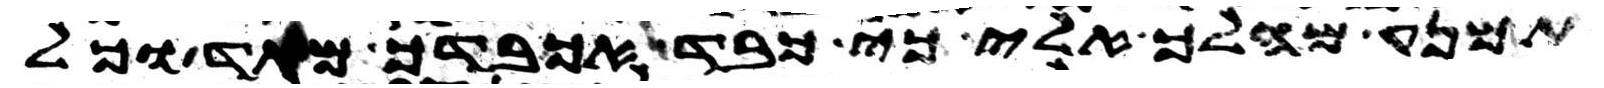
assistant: תמנע מהלך אלי כי כבד אכבדך מאד וכל